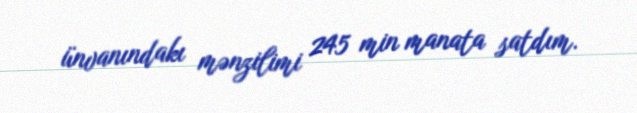
ünvanındakı mənzilimi 245 min manata satdım.